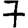
Digit: 7